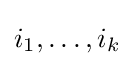
i_{1},\ldots ,i_{k}